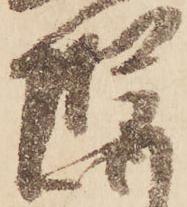
惶